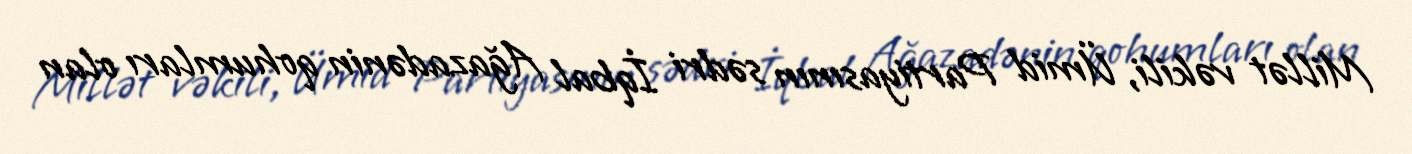
Millət vəkili, Ümid Partiyasının sədri İqbal Ağazadənin qohumları olan